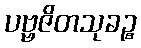
ပဗ္ဗဇိတသုခဉ္စ